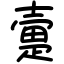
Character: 㚄